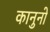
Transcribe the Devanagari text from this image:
कानुनो